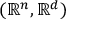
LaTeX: ( \mathbb { R } ^ { n } , \mathbb { R } ^ { d } )